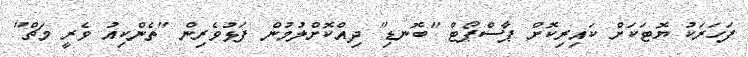
ފަހަރަކު ޔޮޓަކަށް ކައިރިކޮށް ޕާސްޕޯޓް "ބޮނޑި" ދިއްކޮށްލުމުން ފަޅުވެރިން "ތެންކިއު ވެރީ މަޗް"